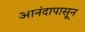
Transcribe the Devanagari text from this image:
आनंदापासून